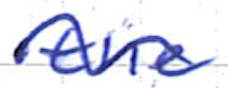
Text: the
Cross-out: wave
Writing tool: ballpoint